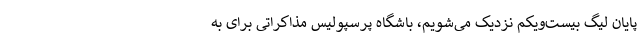
پایان لیگ بیست‌ویکم نزدیک می‌شویم، باشگاه پرسپولیس مذاکراتی برای به